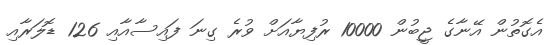
އެގޮތުން އޭނާގެ ޖީބުން 10000 ރުފިޔާއަށް ވުރެ ގިނަ ފައިސާއާއި 126 ޑޮލަރާއި